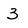
Character: 3